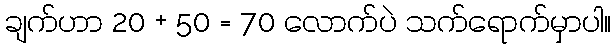
ချက်ဟာ 20 + 50 = 70 လောက်ပဲ သက်ရောက်မှာပါ။